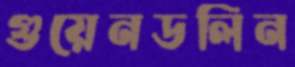
গুয়েনডলিন